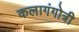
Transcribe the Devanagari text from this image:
कलागंगोत्री